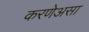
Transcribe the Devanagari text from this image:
करणेअसा